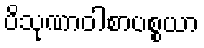
ပိသုဏာဝါစာပစ္စယာ